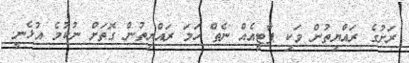
ރަށުގެ ރައްޔިތުން ވަކި ޕާޓީއެއް ނެތް ހަމަ ރައްޔިތުން ގޮތަށް ނުކުމެ އުޅެނީ.